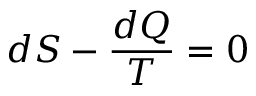
d S - { \frac { d Q } { T } } = 0